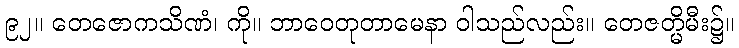
၉၂။ တေဇောကသိဏံ၊ ကို။ ဘာဝေတုတာမေနာ ဝါသည်လည်း။ တေဇတ္မိမီး၌။